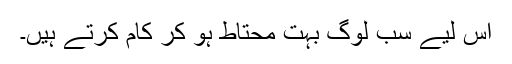
اس لیے سب لوگ بہت محتاط ہو کر کام کرتے ہیں۔